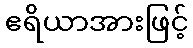
ဧရိယာအားဖြင့်